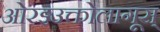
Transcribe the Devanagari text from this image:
ओरइउक्तोलागूस्